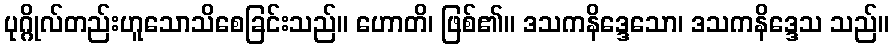
ပုဂ္ဂိုလ်တည်းဟူသောသိစေခြင်းသည်။ ဟောတိ၊ ဖြစ်၏။ ဒသကနိဒ္ဒေသော၊ ဒသကနိဒ္ဒေသ သည်။